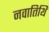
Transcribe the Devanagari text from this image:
नवातिथि